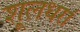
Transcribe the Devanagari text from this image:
शूलधरां